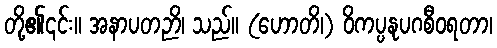
တို့၏၎င်း။ အနာပတဉာိ၊ သည်။ (ဟောတိ၊) ဝိကပ္ပနုပဂစီဝရတာ၊